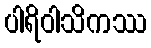
ပါရိဝါသိကဿ